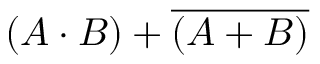
( A \cdot B ) + { \overline { { ( A + B ) } } }